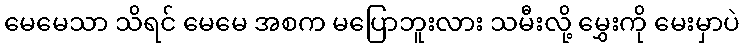
မေမေသာ သိရင် မေမေ အစက မပြောဘူးလား သမီးလို့ မွှေးကို မေးမှာပဲ